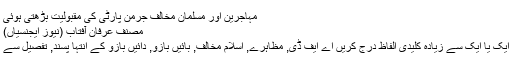
مہاجرین اور مسلمان مخالف جرمن پارٹی کی مقبولیت بڑھتی ہوئی
مصنف عرفان آفتاب (نیوز ایجنسیاں)
ایک یا ایک سے زیادہ کلیدی الفاظ درج کریں اے ایف ڈی, مظاہرے, اسلام مخالف, بائیں بازو, دائیں بازو کے انتہا پسند, تفصیل سے